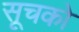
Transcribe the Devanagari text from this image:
सूचको